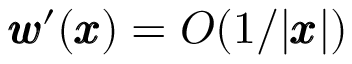
{ \pmb w } ^ { \prime } ( { \pmb x } ) = O ( 1 / | { \pmb x } | )